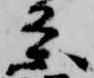
条